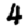
Digit: 4